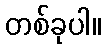
တစ်ခုပါ။